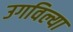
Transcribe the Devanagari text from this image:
उगविल्या